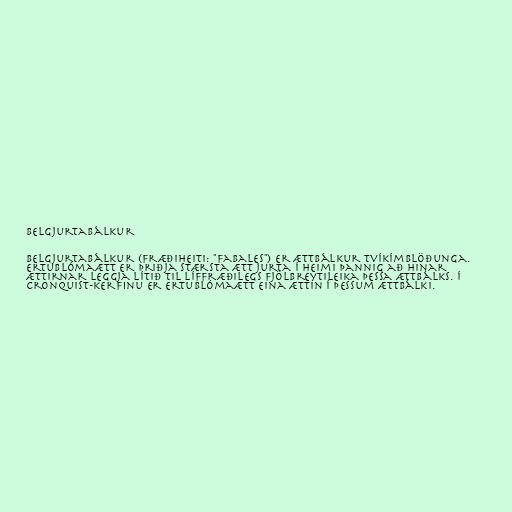
Belgjurtabálkur

Belgjurtabálkur (fræðiheiti: "Fabales") er ættbálkur tvíkímblöðunga.
Ertublómaætt er þriðja stærsta ætt jurta í heimi þannig að hinar
ættirnar leggja lítið til líffræðilegs fjölbreytileika þessa ættbálks. Í
Cronquist-kerfinu er ertublómaætt eina ættin í þessum ættbálki.